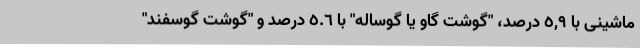
ماشینی با ٥,٩ درصد، "گوشت گاو یا گوساله" با ٥.٦ درصد و "گوشت گوسفند"